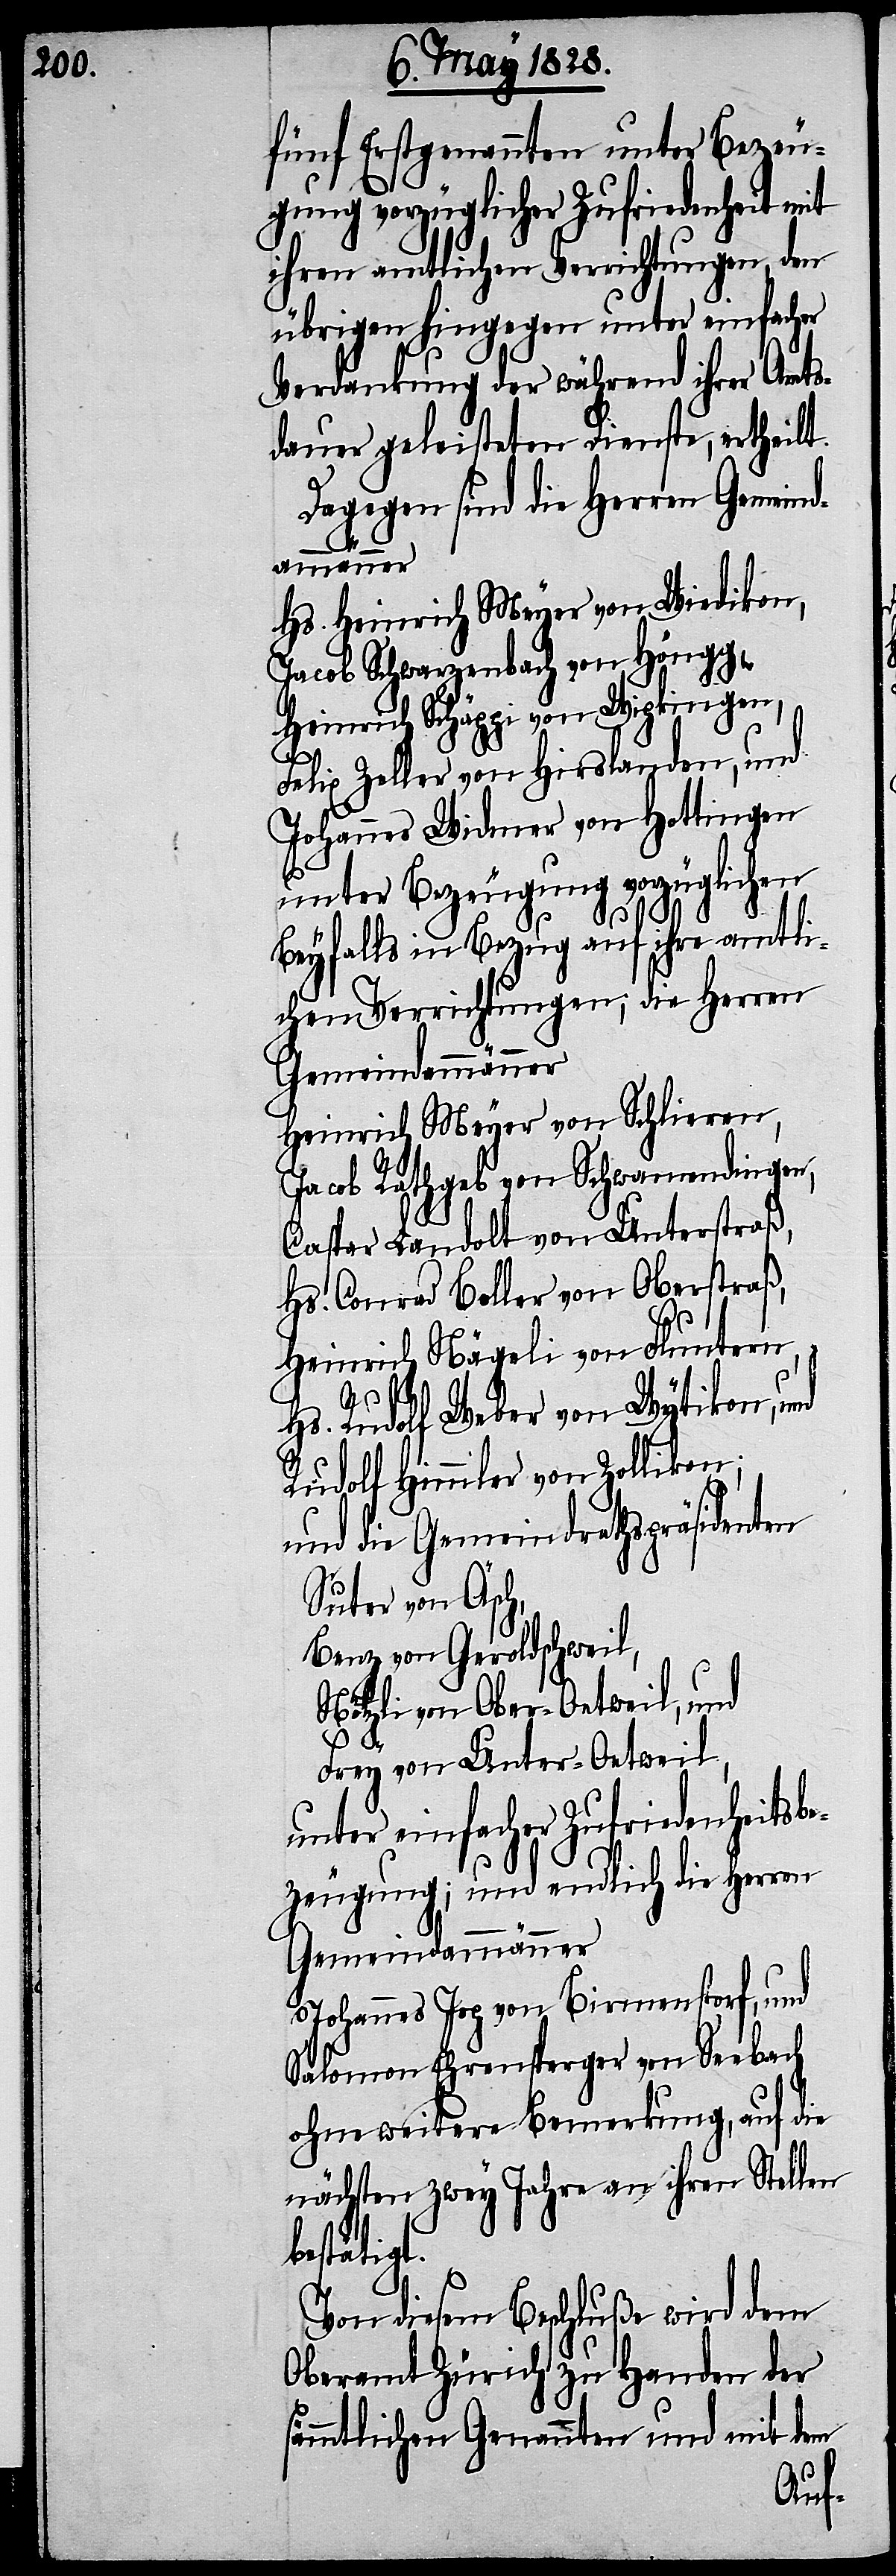
fünf Erstgenannten unter Bezeu¬
gung vorzüglicher Zufriedenheit
ihren amtlichen Verrichtungen, den
übrigen hingegen unter einfacher
Verdankung der während ihrer Amts¬
dauer geleisteten Dienste, ertheilt.
Dagegen sind die Herren Gemeind¬
ammänner
Hs. Heinrich Meyer von Wiedikon,
Jacob Schwarzenbach von Höngg,
Heinrich Schäppi von Wipkingen,
elix Zeller von Hirslanden, und
Johannes Widmer von Hottingen
unter Bezeugung vorzüglichen
Beyfalls in Bezug auf ihre amtli¬
chen Verrichtungen; die Herren
Gemeindammänner
Heinrich Meyer von Schlieren,
Jacob Rathgeb von Schwamendingen,
Caspar Landolt von Unterstraß,
Hs. Conrad Boller von Oberstraß,
Heinrich Nägeli von Fluntern,
Hs. Rudolf Weber von Wytikon, und
Rudolf Himmler von Zollikon;
Suter von Äsch,
Benz von Geroldschweil,
Nötzli von Ober-Oetweil, und
Frey von Unter-Oetweil,
unter einfacher Zufriedenheitsbe¬
zeugung; und endlich die Herren
Gemeindammänner
Johannes Jop von Birmenstorf, und
Salomon Ehrensperger von Seebach
ohne weitere Bemerkung, auf die
nächsten zwey Jahre an ihren Stellen
bestätigt.
Von diesem Beschluße wird dem
Oberamt Zürich zu Handen der
sämmtlichen Genannten und mit dem
F¬